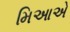
મિઆએ